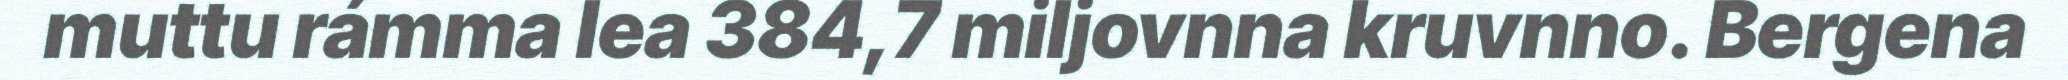
muttu rámma lea 384,7 miljovnna kruvnno. Bergena